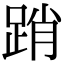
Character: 踃